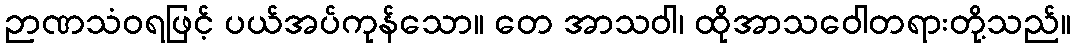
ဉာဏသံဝရဖြင့် ပယ်အပ်ကုန်သော။ တေ အာသဝါ၊ ထိုအာသဝေါတရားတို့သည်။